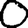
Digit: 0